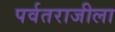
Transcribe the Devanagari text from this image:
पर्वतराजीला